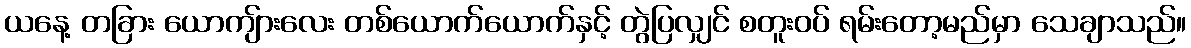
ယနေ့ တခြား ယောကျ်ားလေး တစ်ယောက်ယောက်နှင့် တွဲပြလျှင် စတူးဝပ် ရမ်းတော့မည်မှာ သေချာသည်။